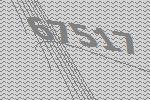
67517